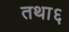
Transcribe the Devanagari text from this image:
तथा६